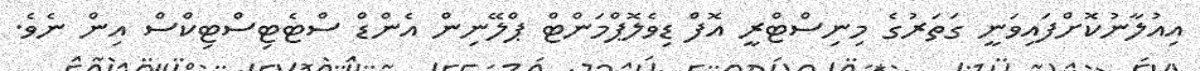
އިއުލާނުކޮށްފައިވަނީ ގަތަރުގެ މިނިސްޓްރީ އޮފް ޑިވެލޮޕްމަންޓް ޕްލޭނިން އެންޑް ސްޓެޓިސްޓިކްސް އިން ނެވެ.